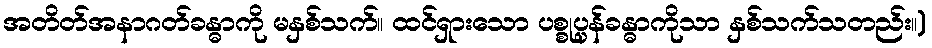
အတိတ်အနာဂတ်ခန္ဓာကို မနှစ်သက်။ ထင်ရှားသော ပစ္စုပ္ပန်ခန္ဓာကိုသာ နှစ်သက်သတည်း။)